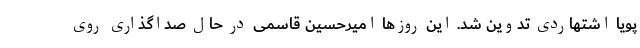
پویا اشتهاردی تدوین شد. این روزها امیرحسین قاسمی در حال صداگذاری روی